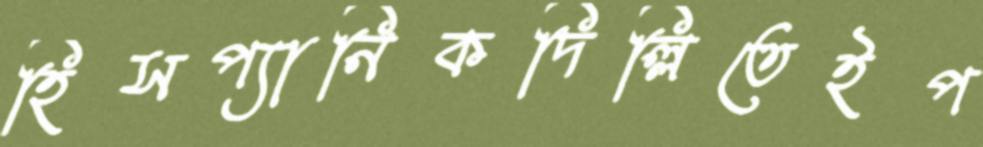
হিসপ্যানিকদিল্লিতেইপ